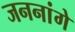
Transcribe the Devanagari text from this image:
जननांगे